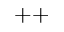
^ { + + }